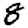
Digit: 8